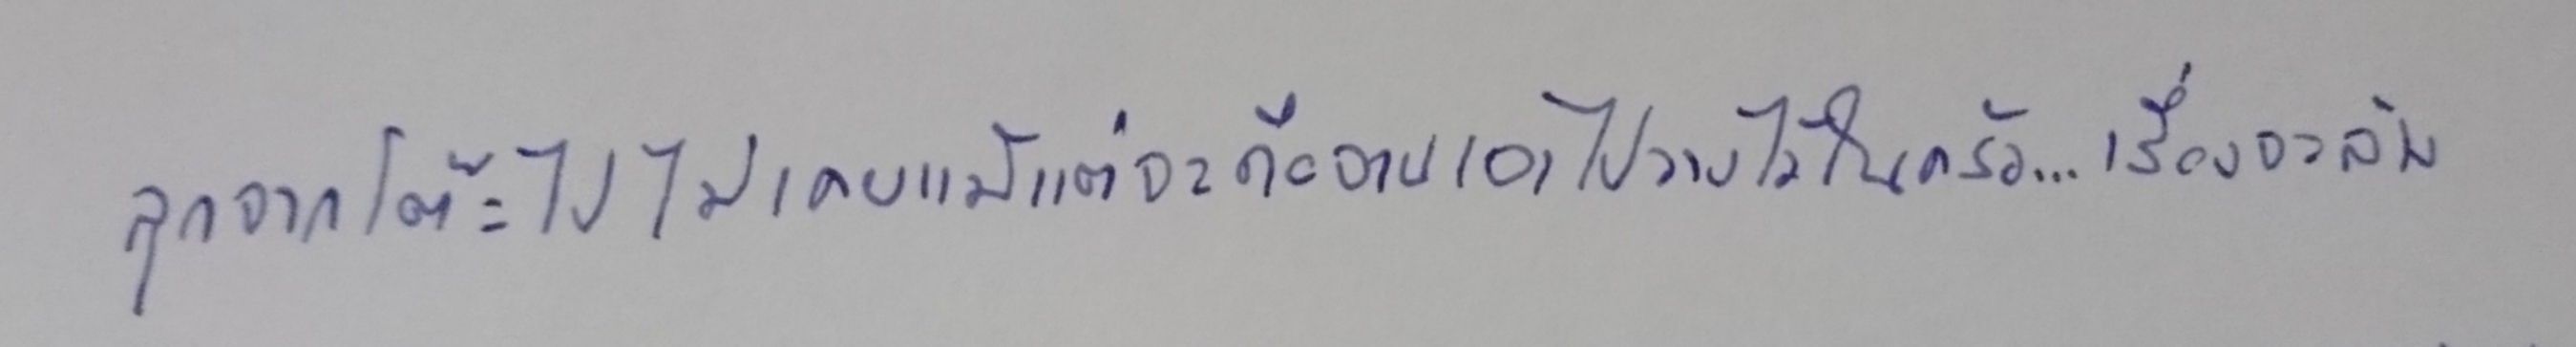
ลุกจากโต๊ะไปไม่เคยแม้แต่จะถือจานเอาไปวางไว้ในครัว...เรื่องจะล้าง